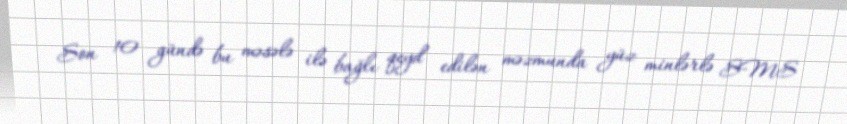
Son 10 gündə bu məsələ ilə bağlı qeyd edilən məzmunda yüz minlərlə SMS